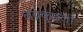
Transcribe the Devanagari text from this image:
लग्नकुंडली